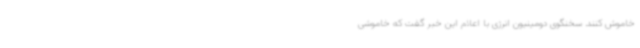
خاموش کنند. سخنگوی دومینیون انرژی با اعلام این خبر گفت که خاموشی